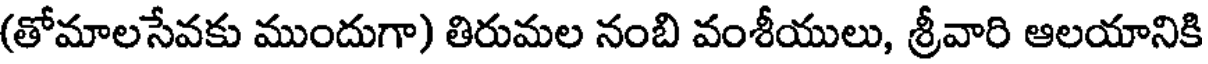
(తోమాలసేవకు ముందుగా) తిరుమల నంబి వంశీయులు, శ్రీవారి ఆలయానికి